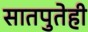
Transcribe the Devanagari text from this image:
सातपुतेही